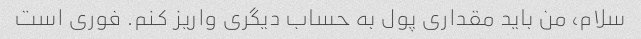
سلام، من باید مقداری پول به حساب دیگری واریز کنم. فوری است